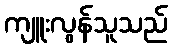
ကျူးလွန်သူသည်